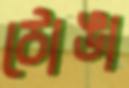
ঠোঙা